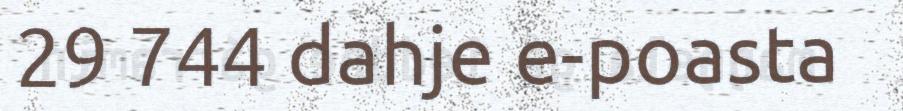
29 744 dahje e-poasta